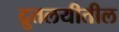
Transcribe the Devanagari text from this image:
द्रुतलयीतील